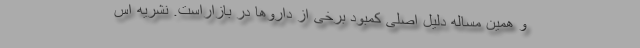
و همین مساله دلیل اصلی کمبود برخی از داروها در بازاراست. نشریه اس